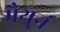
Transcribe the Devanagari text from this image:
मैथुनं